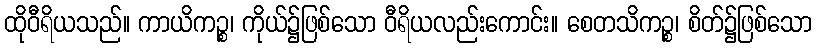
ထိုဝီရိယသည်။ ကာယိကဉ္စ၊ ကိုယ်၌ဖြစ်သော ဝီရိယလည်းကောင်း။ စေတသိကဉ္စ၊ စိတ်၌ဖြစ်သော